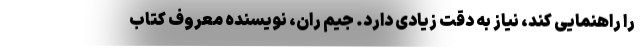
را راهنمایی کند، نیاز به دقت زیادی دارد. جیم ران، نویسنده معروف کتاب